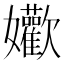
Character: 𱙴